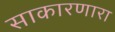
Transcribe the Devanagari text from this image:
साकारणारा